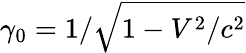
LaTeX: \gamma_{0}=1/\sqrt{1-V^{2}/c^{2}}